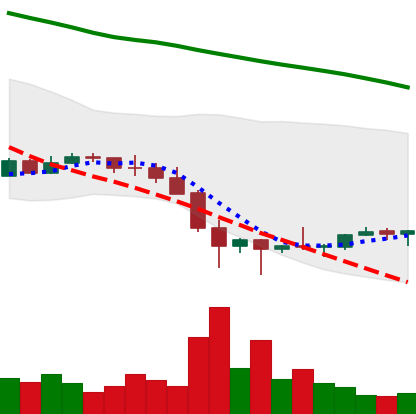
Ticker: EOS-USD
Chart end date: 2022-01-31
Forward return: 5.904%
Label: up_5_7